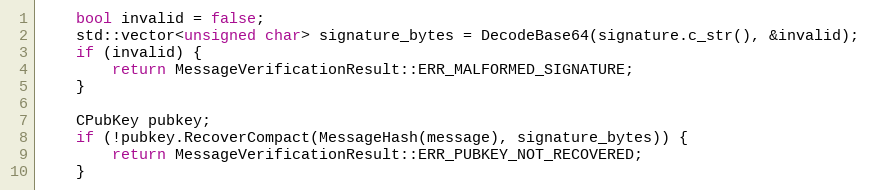
Language: C++
    bool invalid = false;
    std::vector<unsigned char> signature_bytes = DecodeBase64(signature.c_str(), &invalid);
    if (invalid) {
        return MessageVerificationResult::ERR_MALFORMED_SIGNATURE;
    }

    CPubKey pubkey;
    if (!pubkey.RecoverCompact(MessageHash(message), signature_bytes)) {
        return MessageVerificationResult::ERR_PUBKEY_NOT_RECOVERED;
    }